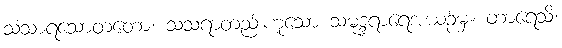
သံသာရသောတတော၊ သံသရာတည်းဟူသော သမုဒ္ဒရာရေအယဉ်မှ။ တာရေသိ၊